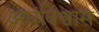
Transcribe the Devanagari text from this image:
अधंविश्वास